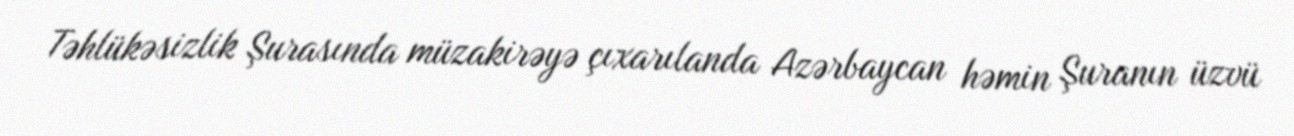
Təhlükəsizlik Şurasında müzakirəyə çıxarılanda Azərbaycan həmin Şuranın üzvü